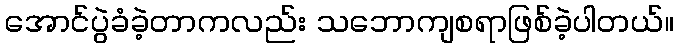
အောင်ပွဲခံခဲ့တာကလည်း သဘောကျစရာဖြစ်ခဲ့ပါတယ်။